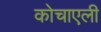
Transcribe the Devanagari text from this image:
कोचाएली